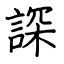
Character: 𧨾